Vaccination in Burma 1889-1999 - 1889-1999
Year: 1889
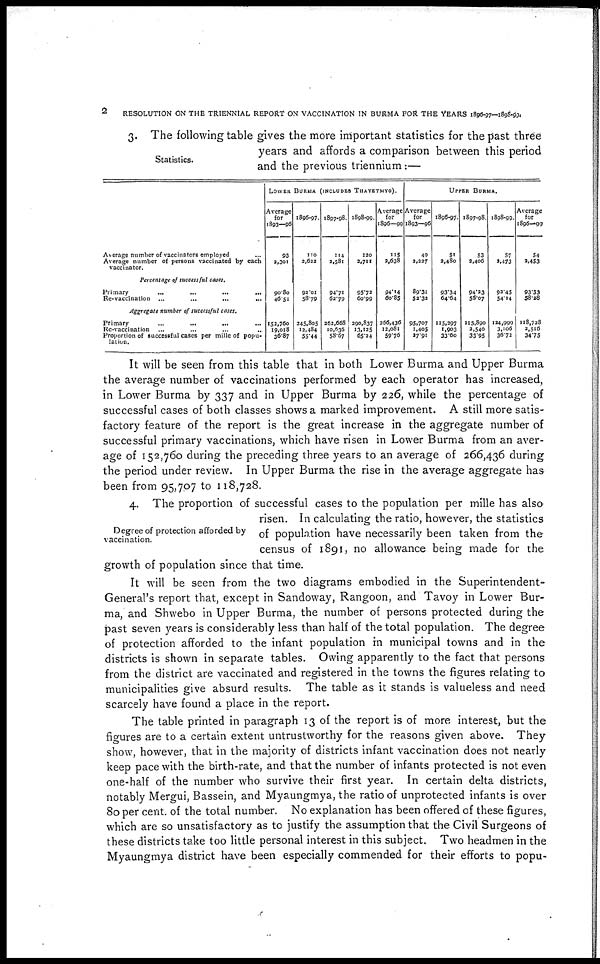
2
RESOLUTION ON THE TRIENNIAL REPORT ON VACCINATION IN BURMA FOR THE YEARS 1896-97—1898-99.
Statistics.
3. The following table gives the more important statistics for the past three
years and affords a comparison between this period
and the previous triennium:—
Average number of vaccinators employed ...
Average number of persons vaccinated by each
vaccinator.
Percentage of successful cases.
Primary ... ... ... ...
Re-vaccination
...
...
...
...
Aggregate number of successful cases.
Primary
...
...
...
...
Re-vaccination ... ... ... ...
Proportion of successful cases per mille of popu-
lation.
LOWER BURMA (INCLUDES THAYETMYO).
Average
for
1893—96
93
2,301
90.80
46.51
152,760
19,018
36.87
1896-97.
110
2,622
92.01
58.79
245,805
12,484
55.44
1897-98.
114
2,581
94.71
62.79
262,668
10,636
58.67
1898-99.
120
2,711
95.73
60.99
290,837
13,125
65.24
Average
for
1896—99
115
2,638
94.14
60.85
266,436
12,081
59.76
UPPER BURMA.
Average
for
1893—96
49
2,227
89.31
52.32
95,707
1,405
37.91
1896-97.
51
2,480
93.34
64.64
115,297
1,903
33.60
1897-98.
53
2,406
94.23
55.07
115,890
3,540
33.95
1898-99.
57
2,473
92.45
54.14
124,999
3,106
36.72
Average
for
1896—99
54
2,453
93.53
58.28
118,728
3,516
34.75
It will be seen from this table that in both Lower Burma and Upper Burma
the average number of vaccinations performed by each operator has increased,
in Lower Burma by 337 and in Upper Burma by 226, while the percentage of
successful cases of both classes shows a marked improvement. A still more satis-
factory feature of the report is the great increase in the aggregate number of
successful primary vaccinations, which have risen in Lower Burma from an aver-
age of 152,760 during the preceding three years to an average of 266,436 during
the period under review. In Upper Burma the rise in the average aggregate has
been from 95,707 to 118,728.
Degree of protection afforded by
vaccination.
4. The proportion of successful cases to the population per mille has also
risen. In calculating the ratio, however, the statistics
of population have necessarily been taken from the
census of 1891, no allowance being made for the
growth of population since that time.
It will be seen from the two diagrams embodied in the Superintendent-
General's report that, except in Sandoway, Rangoon, and Tavoy in Lower Bur-
ma, and Shwebo in Upper Burma, the number of persons protected during the
past seven years is considerably less than half of the total population. The degree
of protection afforded to the infant population in municipal towns and in the
districts is shown in separate tables. Owing apparently to the fact that persons
from the district are vaccinated and registered in the towns the figures relating to
municipalities give absurd results. The table as it stands is valueless and need
scarcely have found a place in the report.
The table printed in paragraph 13 of the report is of more interest, but the
figures are to a certain extent untrustworthy for the reasons given above. They
show, however, that in the majority of districts infant vaccination does not nearly
keep pace with the birth-rate, and that the number of infants protected is not even
one-half of the number who survive their first year. In certain delta districts,
notably Mergui, Bassein, and Myaungmya, the ratio of unprotected infants is over
80 per cent. of the total number. No explanation has been offered of these figures,
which are so unsatisfactory as to justify the assumption that the Civil Surgeons of
these districts take too little personal interest in this subject. Two headmen in the
Myaungmya district have been especially commended for their efforts to popu-